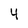
Character: 4